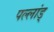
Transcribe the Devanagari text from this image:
पल्लांड्